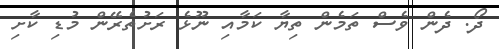
ދޯ. ދެން ވެސް ތަމެން ތިޔާ ކަމާއި ނޫޅެ ރަށުތެރޭން މުޑި ކާށި